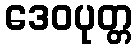
ဒေဝပုတ္တ